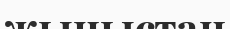
жыныстан